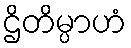
ဌိတိမ္ပာဟံ